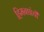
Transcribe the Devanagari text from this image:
हिमनद्यांची